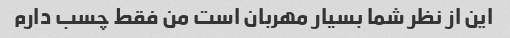
این از نظر شما بسیار مهربان است من فقط چسب دارم